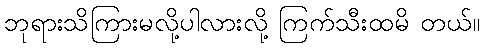
ဘုရားသိကြားမလို့ပါလားလို့ ကြက်သီးထမိ တယ်။